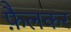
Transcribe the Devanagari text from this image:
फ़ैलकर